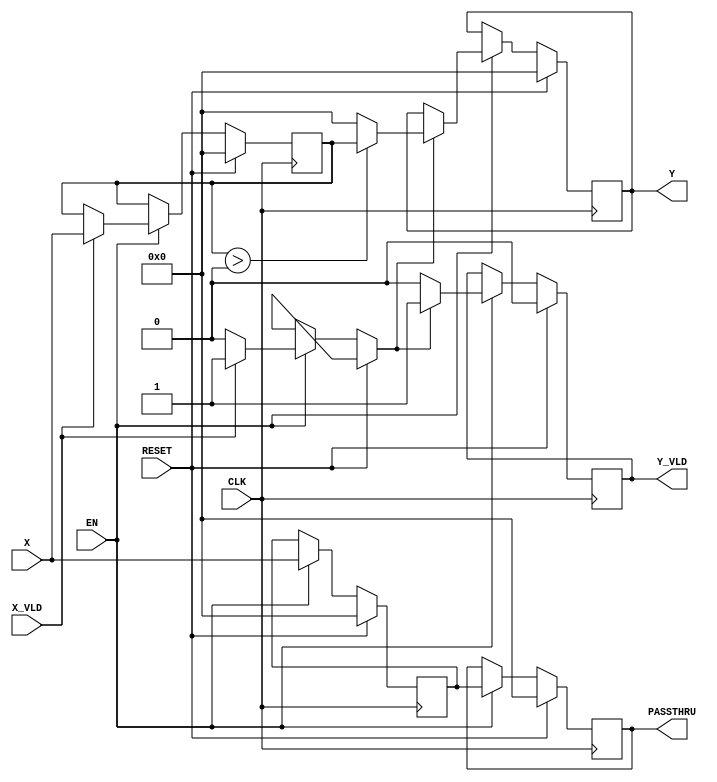
`timescale 1ns / 1ps
//////////////////////////////////////////////////////////////////////////////////
// Company: 
// Engineer: 
// 
// Design Name: 
// Module Name: ReLU
// Project Name: 
// Target Devices: 
// Tool Versions: 
// Description: ReLU(x) = max(0, x)
//   This is a fully-pipelined module, the latency is 2.
// Dependencies: 
// 
// Revision:
// Revision 0.01 - File Created
// Additional Comments:
//   Latency: 2 clock cycles
//////////////////////////////////////////////////////////////////////////////////


module ReLU
  #(
    parameter INWIDTH = 16,
    parameter signed [INWIDTH-1:0] ZERO = 'sh0000
  )
  (
    input                       CLK     ,
    input                       RESET   ,
    input                       EN      ,
    input  signed [INWIDTH-1:0] X       ,
    input                       X_VLD   ,
    output signed [INWIDTH-1:0] Y       ,
    output                      Y_VLD   ,
    output signed [INWIDTH-1:0] PASSTHRU 
  );
  reg signed [INWIDTH-1:0] din;
  reg                      din_valid;
  reg signed [INWIDTH-1:0] dout;
  reg                      dout_valid;

  reg  signed [INWIDTH-1:0] din_d;
  reg  signed [INWIDTH-1:0] din_dd;


  always @(posedge CLK) begin
    if (RESET) begin
      din <= 0;
      dout <= 0;
      din_valid <= 0;
      dout_valid <= 0;
    end else if (EN) begin
      if (X_VLD) begin
        din <= X;
        din_valid = 1;
      end
      else begin
        din <= din;
        din_valid <= 0;
      end
      if (din_valid) begin
        dout <= (din > ZERO) ? din : ZERO;
        dout_valid <= 1;
      end
      else begin
        dout <= dout;
        dout_valid <= 0;
      end
    end
  end

  always @(posedge CLK) begin
    if (RESET == 1'b1) begin
      din_d  <= {INWIDTH{1'b0}};
      din_dd <= {INWIDTH{1'b0}};
    end
    else if (EN) begin
      din_d  <= X;
      din_dd <= din_d;
    end
  end

  assign Y = dout;
  assign Y_VLD = dout_valid;
  assign PASSTHRU = din_dd;
endmodule